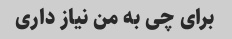
برای چی به من نیاز داری